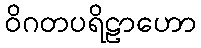
ဝိဂတပရိဠာဟော